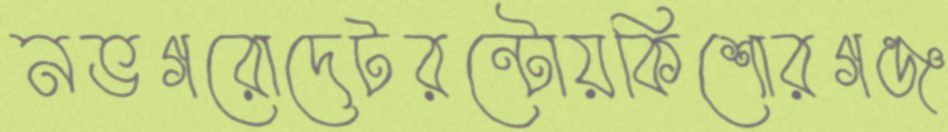
নভগরোদেটরন্টোয়কিশোরগঞ্জ